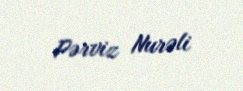
Pərviz Nurəli